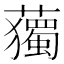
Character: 𧁿